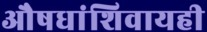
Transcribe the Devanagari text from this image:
औषधांशिवायही